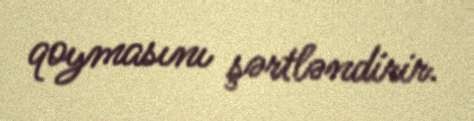
qoymasını şərtləndirir.